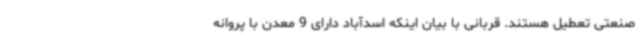
صنعتی تعطیل هستند. قربانی با بیان اینکه اسدآباد دارای 9 معدن با پروانه